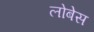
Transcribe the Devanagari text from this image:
लोबेस